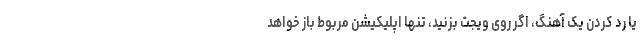
یا رد کردن یک آهنگ، اگر روی ویجت بزنید، تنها اپلیکیشن مربوط باز خواهد